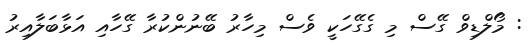
: މޯލްޑިވް ގޭސް މި ގެގޭހަކީ ވެސް މިހާރު ބޭނުންކުރާ ގޭހާއި އަޅާބަލާއިރު